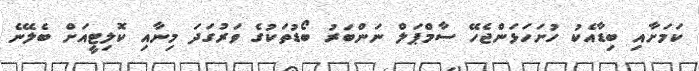
ކަމަށާއި ބިޑާއެކު ހުށަހަޅަންޖެހޭ ސާމްޕަލް ނަންބަރު ބޯޑުތަކުގެ ވަރުގަދަ މިނާއި ކޮލިޓީއަށް ބެލޭނެ